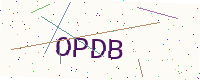
Text: OPDB